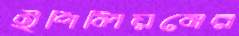
ইপিলিয়নের